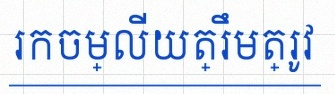
រកចម្លើយត្រឹមត្រូវ